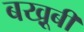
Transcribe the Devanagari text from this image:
बखू़बी